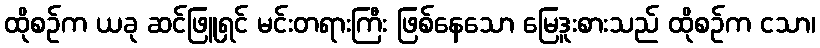
ထိုစဉ်က ယခု ဆင်ဖြူရှင် မင်းတရားကြီး ဖြစ်နေသော မြေဒူးစားသည် ထိုစဉ်က ငသာ၊